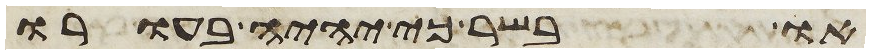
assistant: או בשר כי יהיה בעורו